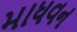
માધવન